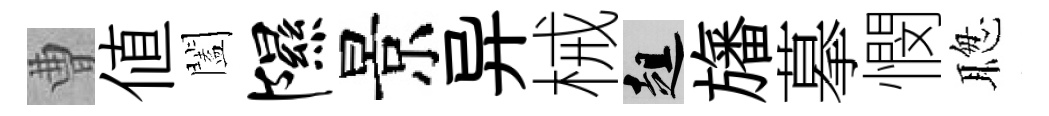
曹値闔隰景异械趄旛摹憫聦